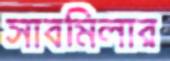
সাবমিলার